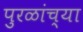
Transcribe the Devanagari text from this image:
पुरळांच्या